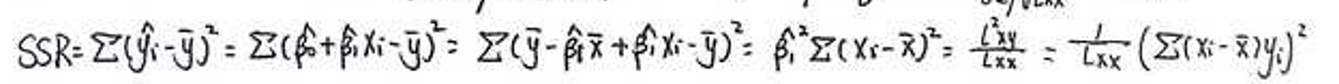
\[
SSR=\sum(\hat{y}_i - \bar{y})^2=\sum(\hat{\beta}_0+\hat{\beta}_1x_i - \bar{y})^2=\sum(\bar{y}-\hat{\beta}_1\bar{x}+\hat{\beta}_1x_i - \bar{y})^2=\hat{\beta}_1^2\sum(x_i - \bar{x})^2=\frac{L_{xy}^2}{L_{xx}}=\frac{1}{L_{xx}}\left(\sum(x_i - \bar{x})y_i\right)^2
\]